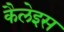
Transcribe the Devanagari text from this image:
कैलेइस